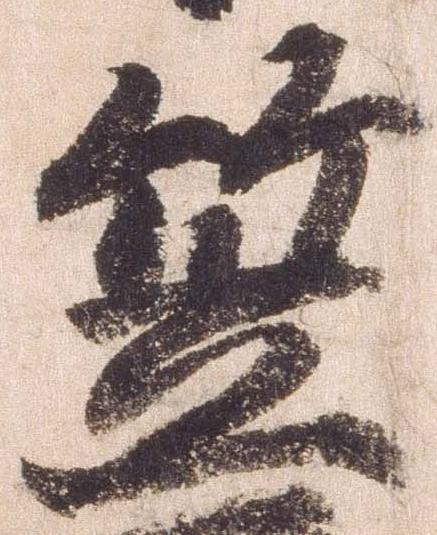
笠